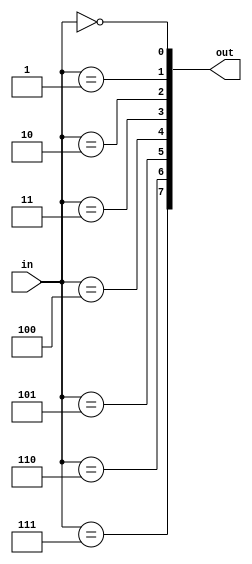
module ysyx_2022040010_decoder_3_8 (
    input  [ 2:0]   in,
    output [ 7:0]   out
);

    genvar i;
    generate 
        for (i = 0; i < 8; i = i + 1) 
            begin: decoder3
                assign out[i] = (in == i);
            end
    endgenerate
endmodule